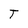
Character: T